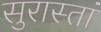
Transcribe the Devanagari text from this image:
सुरास्तां